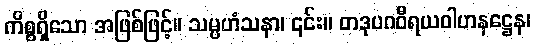
ကိစ္စရှိသော အဖြစ်ဖြင့်။ သမ္ပဟံသနာ၊ ၎င်း။ တဒုပဂဝီရယဝါဟနဋ္ဌေန၊